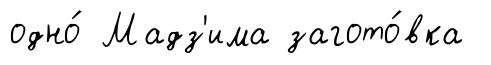
одно́ Мадз'има загото́вка